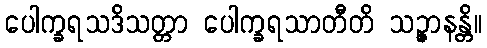
ပေါက္ခရသဒိသတ္တာ ပေါက္ခရသာတီတိ သဉ္ဇာနန္တိ။